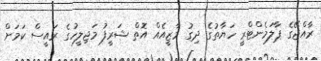
ރާއްޖޭގެ ޕާލަމެންޓްރީ ހަޔާތުގެ ދިގު މާޒީއެއް އޮތް ޝަރީފު މަޖިލީހުގެ ރައީސް ކަމަށް